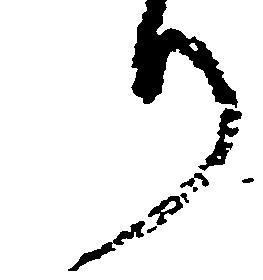
り